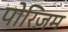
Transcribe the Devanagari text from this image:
पोरिज़म